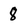
Character: 8